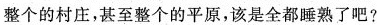
整个的村庄，甚至整个的平原，该是全都熟了吧?